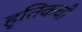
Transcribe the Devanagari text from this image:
हृतिकची